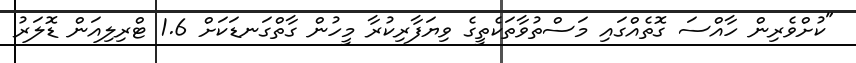
"ކުށްވެރިން ހާއްސަ ގޮތެއްގައި މަސްތުވާތަކެތީގެ ވިޔަފާރިކުރާ މީހުން ގާތްގަނޑަކަށް 1.6 ޓްރިލިއަން ޑޮލަރު